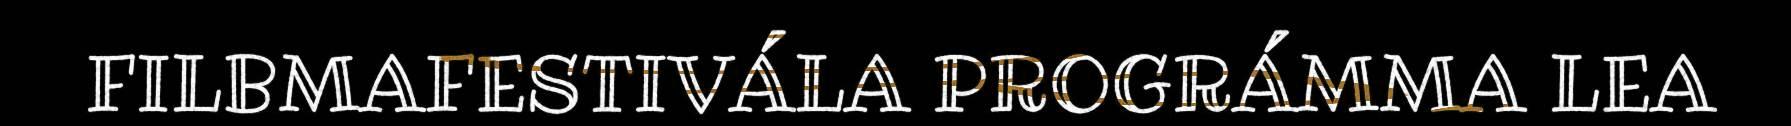
FILBMAFESTIVÁLA PROGRÁMMA LEA